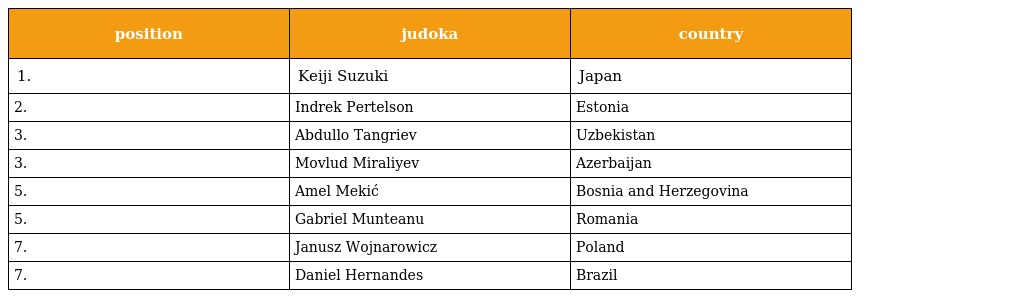
| position | judoka | country |
 | --- | --- | --- |
 | 1. | Keiji Suzuki | Japan |
 | 2. | Indrek Pertelson | Estonia |
 | 3. | Abdullo Tangriev | Uzbekistan |
 | 3. | Movlud Miraliyev | Azerbaijan |
 | 5. | Amel Mekić | Bosnia and Herzegovina |
 | 5. | Gabriel Munteanu | Romania |
 | 7. | Janusz Wojnarowicz | Poland |
 | 7. | Daniel Hernandes | Brazil |